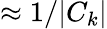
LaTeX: \approx 1/|C_{k}|